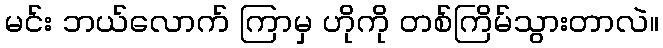
မင်း ဘယ်လောက် ကြာမှ ဟိုကို တစ်ကြိမ်သွားတာလဲ။